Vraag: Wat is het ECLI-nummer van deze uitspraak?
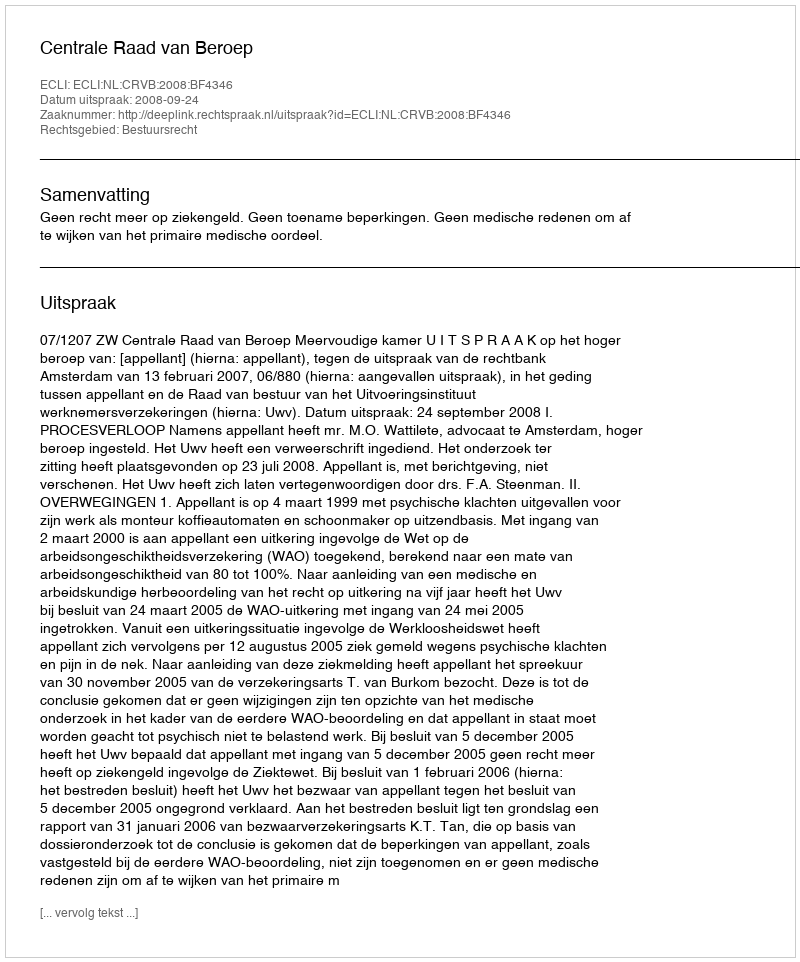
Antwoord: ECLI:NL:CRVB:2008:BF4346